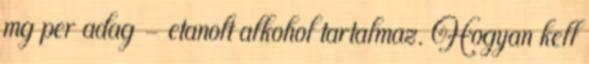
mg per adag - etanolt alkohol tartalmaz. Hogyan kell